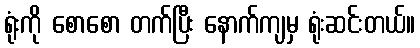
ရုံးကို စောစော တက်ပြီး နောက်ကျမှ ရုံးဆင်းတယ်။